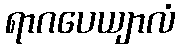
ရာဂပေယျာလံ